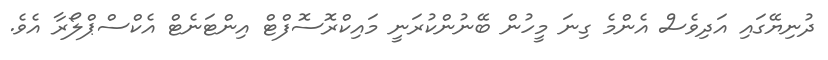
ދުނިޔޭގައި އަދިވެސް އެންމެ ގިނަ މީހުން ބޭނުންކުރަނީ މައިކްރޮސޮފްޓް އިންޓަނެޓް އެކްސްޕްލޯރާ އެވެ.